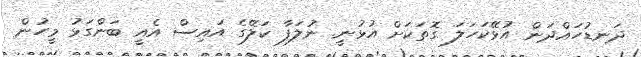
ދަނޑުހައްދަން އުޅޭކަހަލަ ގޮތަކަށް އުޅުނީ. ނުލަފާ ކަލޭގެ އައިސް އެއީ ބަންގަޅު މީހުން